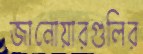
জানোয়ারগুলির